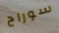
سوراج